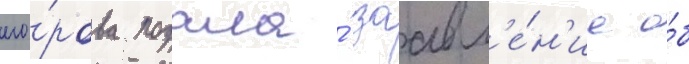
его́рова подала́ заавл'е́н'ие о́б